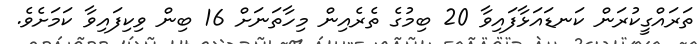
ތަރައްގީކުރަން ކަނޑައަޅާފައިވާ 20 ބިމުގެ ތެރެއިން މިހާތަނަށް 16 ބިން ވިކިފައިވާ ކަމަށެވެ.